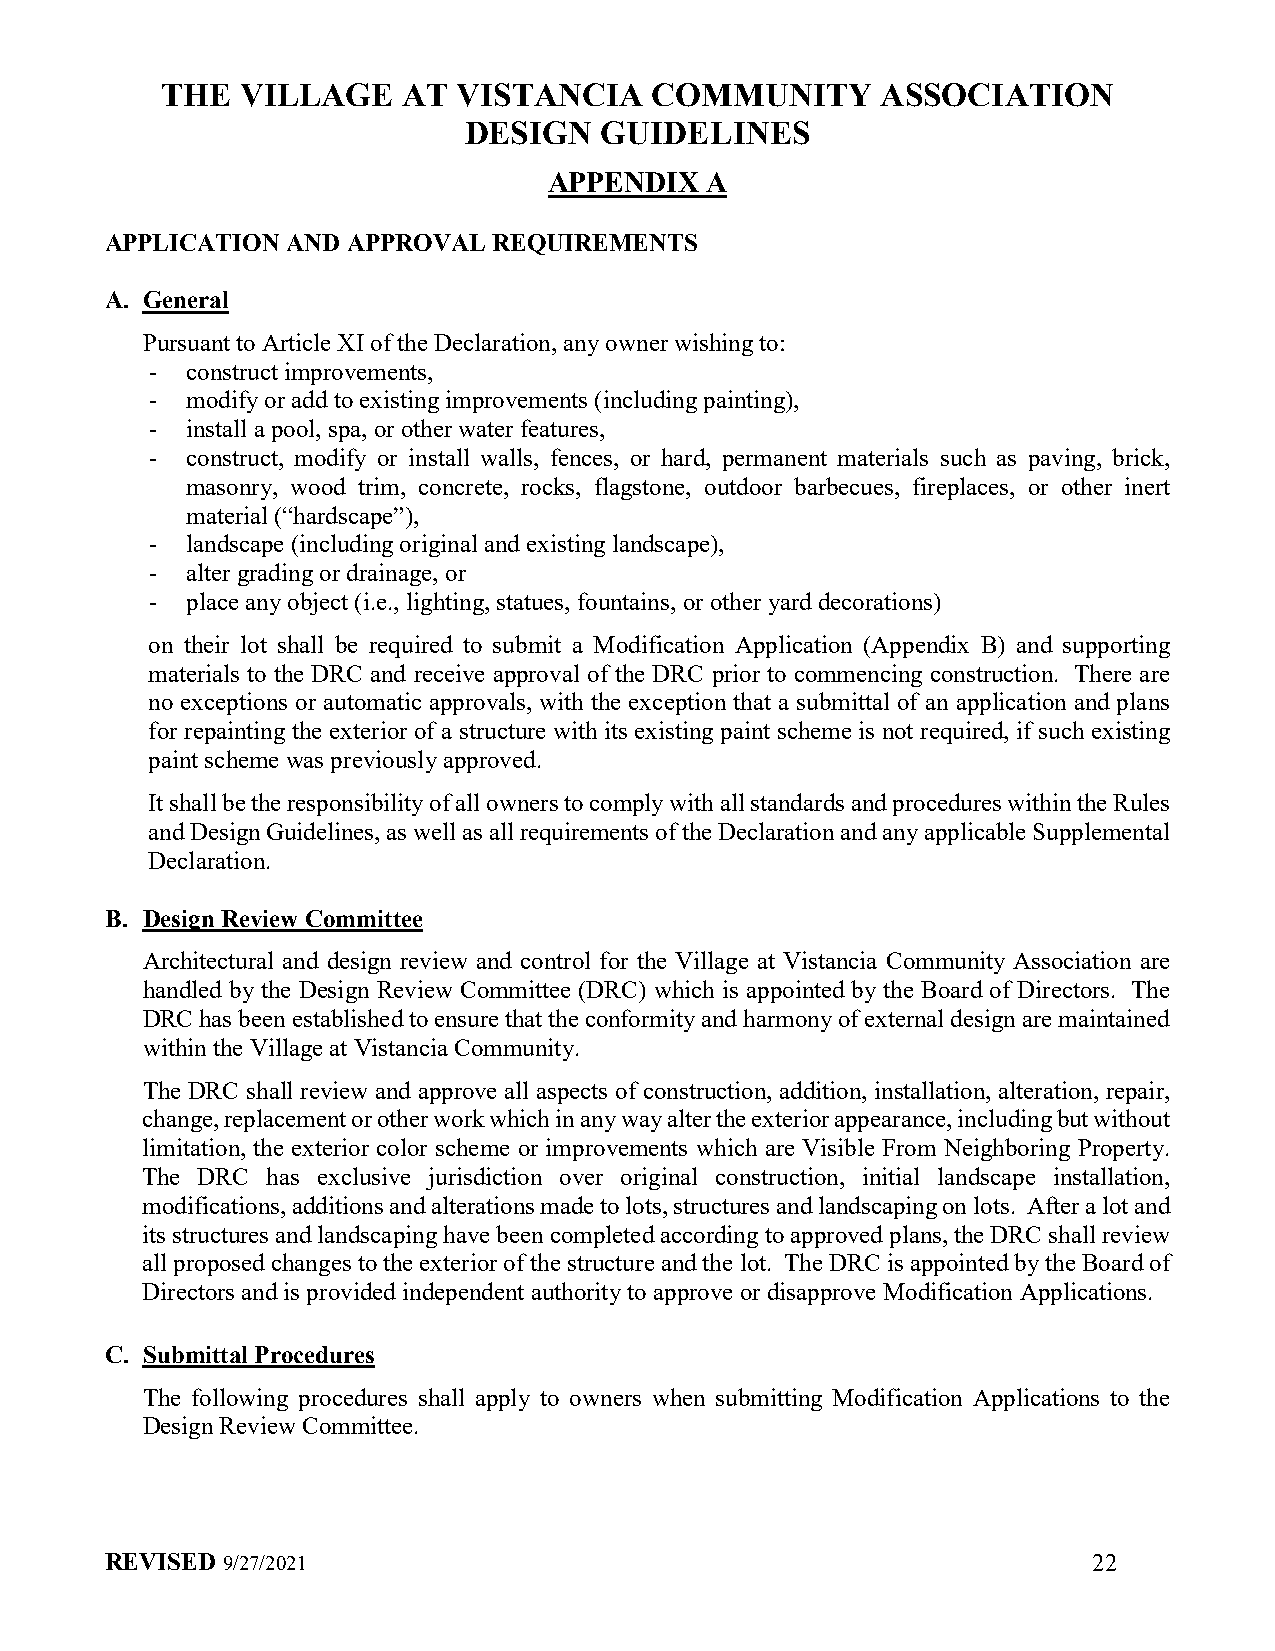
THE  VILLAGE    AT VISTANCIA    COMMUNITY      ASSOCIATION
 DESIGN   GUIDELINES
 APPENDIX   A
 APPLICATION AND APPROVAL  REQUIREMENTS
 A. General
 Pursuant to Article XI of the Declaration, any owner wishing to:
 - construct improvements,
 - modify or add to existing improvements (including painting),
 - install a pool, spa, or other water features,
 - construct, modify or install walls, fences, or hard, permanent materials such as paving, brick,
 masonry, wood trim, concrete, rocks, flagstone, outdoor barbecues, fireplaces, or other inert
 material (“hardscape”),
 - landscape (including original and existing landscape),
 - alter grading or drainage, or
 - place any object (i.e., lighting, statues, fountains, or other yard decorations)
 on their lot shall be required to submit a Modification Application (Appendix B) and supporting
 materials to the DRC and receive approval of the DRC prior to commencing construction. There are
 no exceptions or automatic approvals, with the exception that a submittal of an application and plans
 for repainting the exterior of a structure with its existing paint scheme is not required, if such existing
 paint scheme was previously approved.
 It shall be the responsibility of all owners to comply with all standards and procedures within the Rules
 and Design Guidelines, as well as all requirements of the Declaration and any applicable Supplemental
 Declaration.
 B. Design Review Committee
 Architectural and design review and control for the Village at Vistancia Community Association are
 handled by the Design Review Committee (DRC) which is appointed by the Board of Directors. The
 DRC has been established to ensure that the conformity and harmony of external design are maintained
 within the Village at Vistancia Community.
 The DRC shall review and approve all aspects of construction, addition, installation, alteration, repair,
 change, replacement or other work which in any way alter the exterior appearance, including but without
 limitation, the exterior color scheme or improvements which are Visible From Neighboring Property.
 The DRC  has exclusive jurisdiction over original construction, initial landscape installation,
 modifications, additions and alterations made to lots, structures and landscaping on lots. After a lot and
 its structures and landscaping have been completed according to approved plans, the DRC shall review
 all proposed changes to the exterior of the structure and the lot. The DRC is appointed by the Board of
 Directors and is provided independent authority to approve or disapprove Modification Applications.
 C. Submittal Procedures
 The following procedures shall apply to owners when submitting Modification Applications to the
 Design Review Committee.
 REVISED 9/27/2021                                                22